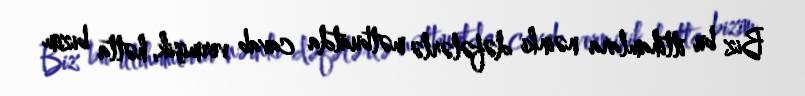
Biz bu ittihamlara nəinki dəfələrlə mətbuatda cavab vermişik, hətta bizim